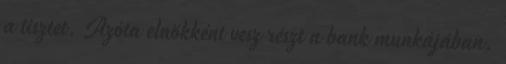
a tisztet. Azóta elnökként vesz részt a bank munkájában.